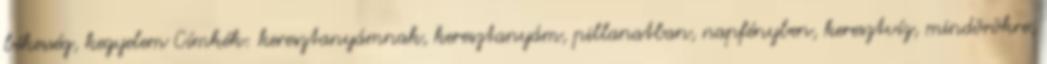
békesség, kegyelem Címkék: keresztanyámnak, keresztanyám, pillanatban, napfényben, keresztvíz, mindörökre,